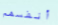
أنفسهم